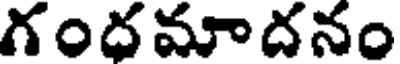
గందమాదనం